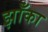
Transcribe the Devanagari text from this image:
झाँका